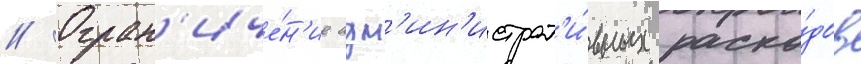
// Огран'иче́н'ие адм'ин'истрат'и́вных расхо́дов